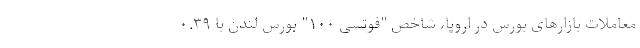
معاملات بازارهای بورس در اروپا، شاخص "فوتسی ۱۰۰" بورس لندن با ۰.۳۹